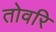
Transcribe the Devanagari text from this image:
तोवरि